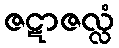
ဇဋာဇလ္လံ